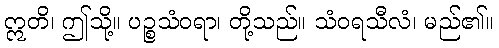
ဣတိ၊ ဤသို့။ ပဉ္စသံဝရာ၊ တို့သည်။ သံဝရသီလံ၊ မည်၏။